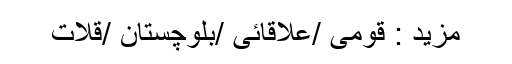
مزید : قومی /علاقائی /بلوچستان /قلات